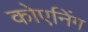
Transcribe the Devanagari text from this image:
कोएनिंग